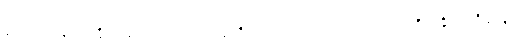
စောင်းတန်းအတိုင်း လေးဘာသာ လမ်းရှိသည် အထွေထွေဒေတာ အထိအခိုက်မရှိခဲ့လျှင်